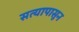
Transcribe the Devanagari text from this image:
सत्यापासून